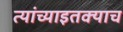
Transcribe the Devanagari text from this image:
त्यांच्याइतक्याच